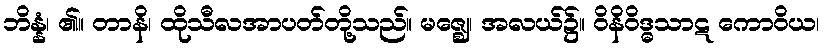
ဘိန္နံ၊ ၏။ တာနိ၊ ထိုသီလအာပတ်တို့သည်။ မဇ္ဈေ၊ အလယ်၌။ ဝိနိဝိဒ္ဓသာဋ ကောဝိယ၊